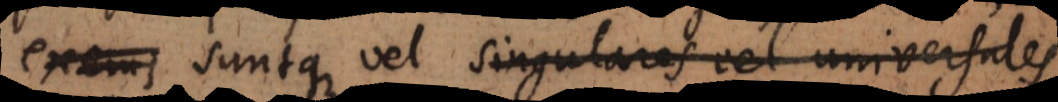
exemp suntque vel singulares vel universales